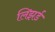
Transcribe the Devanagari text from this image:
लिझर्ड